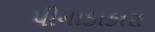
પીનાડાકાસ